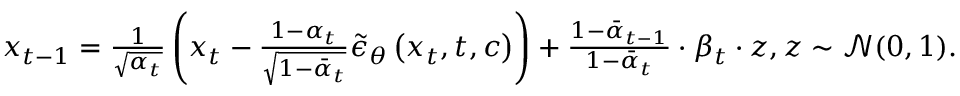
\begin{array} { r } { x _ { t - 1 } = \frac { 1 } { \sqrt { \alpha _ { t } } } \left( x _ { t } - \frac { 1 - \alpha _ { t } } { \sqrt { 1 - \bar { \alpha } _ { t } } } \tilde { \epsilon } _ { \theta } \left( x _ { t } , t , c \right) \right) + \frac { 1 - { { { \bar { \alpha } } } _ { t - 1 } } } { 1 - { { { \bar { \alpha } } } _ { t } } } \cdot { { \beta } _ { t } } \cdot z , z \sim \mathcal { N } ( 0 , 1 ) . } \end{array}